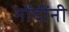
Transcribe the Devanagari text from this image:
नोंदींनी